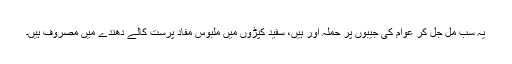
یہ سب مل جل کر عوام کی جیبوں پر حملہ آور ہیں، سفید کپڑوں میں ملبوس مفاد پرست کالے دھندے میں مصروف ہیں۔